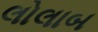
લોલાબ